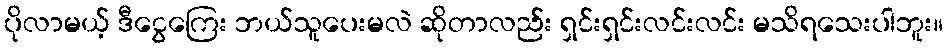
ပိုလာမယ့် ဒီငွေကြေး ဘယ်သူပေးမလဲ ဆိုတာလည်း ရှင်းရှင်းလင်းလင်း မသိရသေးပါဘူး။